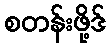
စတန်းဖို့ဒ်